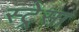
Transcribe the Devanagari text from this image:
स्ट्रेसा